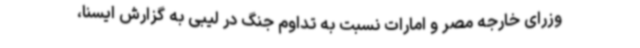
وزرای خارجه مصر و امارات نسبت به تداوم جنگ در لیبی به گزارش ایسنا،